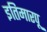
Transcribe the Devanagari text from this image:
इतिमारपू